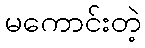
မကောင်းတဲ့